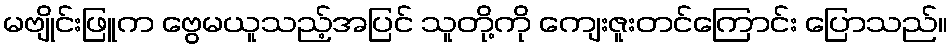
မဗျိုင်းဖြူက ဗွေမယူသည့်အပြင် သူတို့ကို ကျေးဇူးတင်ကြောင်း ပြောသည်။